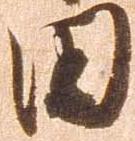
田